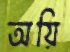
অয়ি